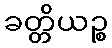
ခတ္တိယဉ္စ